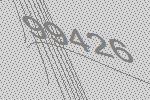
99426